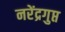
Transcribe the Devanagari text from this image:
नरेंद्रगुप्त